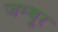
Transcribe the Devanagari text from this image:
जम्बूर